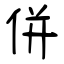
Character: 併